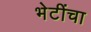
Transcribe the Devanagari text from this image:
भेटींचा